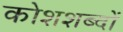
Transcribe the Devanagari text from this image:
कोशशब्दों